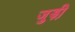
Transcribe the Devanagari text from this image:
जुड़ी़